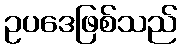
ဥပဒေဖြစ်သည်